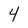
Character: 4